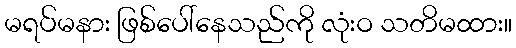
မရပ်မနား ဖြစ်ပေါ်နေသည်ကို လုံးဝ သတိမထား။